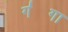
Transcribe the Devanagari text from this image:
ग॑गा